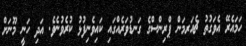
ހަމައެރޭ އެވަގުތު ޗެއަރމަން ޕްރިންސްގެ ގަނޑުވަރެއްގައި ކައިވެނިފުޅު ކުރެވުނެވެ. އަދި ހަނީ މޫނަށް